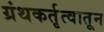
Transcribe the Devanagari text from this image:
ग्रंथकर्तृत्वातून